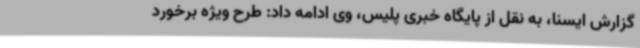
گزارش ایسنا، به نقل از پایگاه خبری پلیس، وی ادامه داد: طرح ویژه برخورد